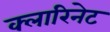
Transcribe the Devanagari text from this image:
क्लारिनेट